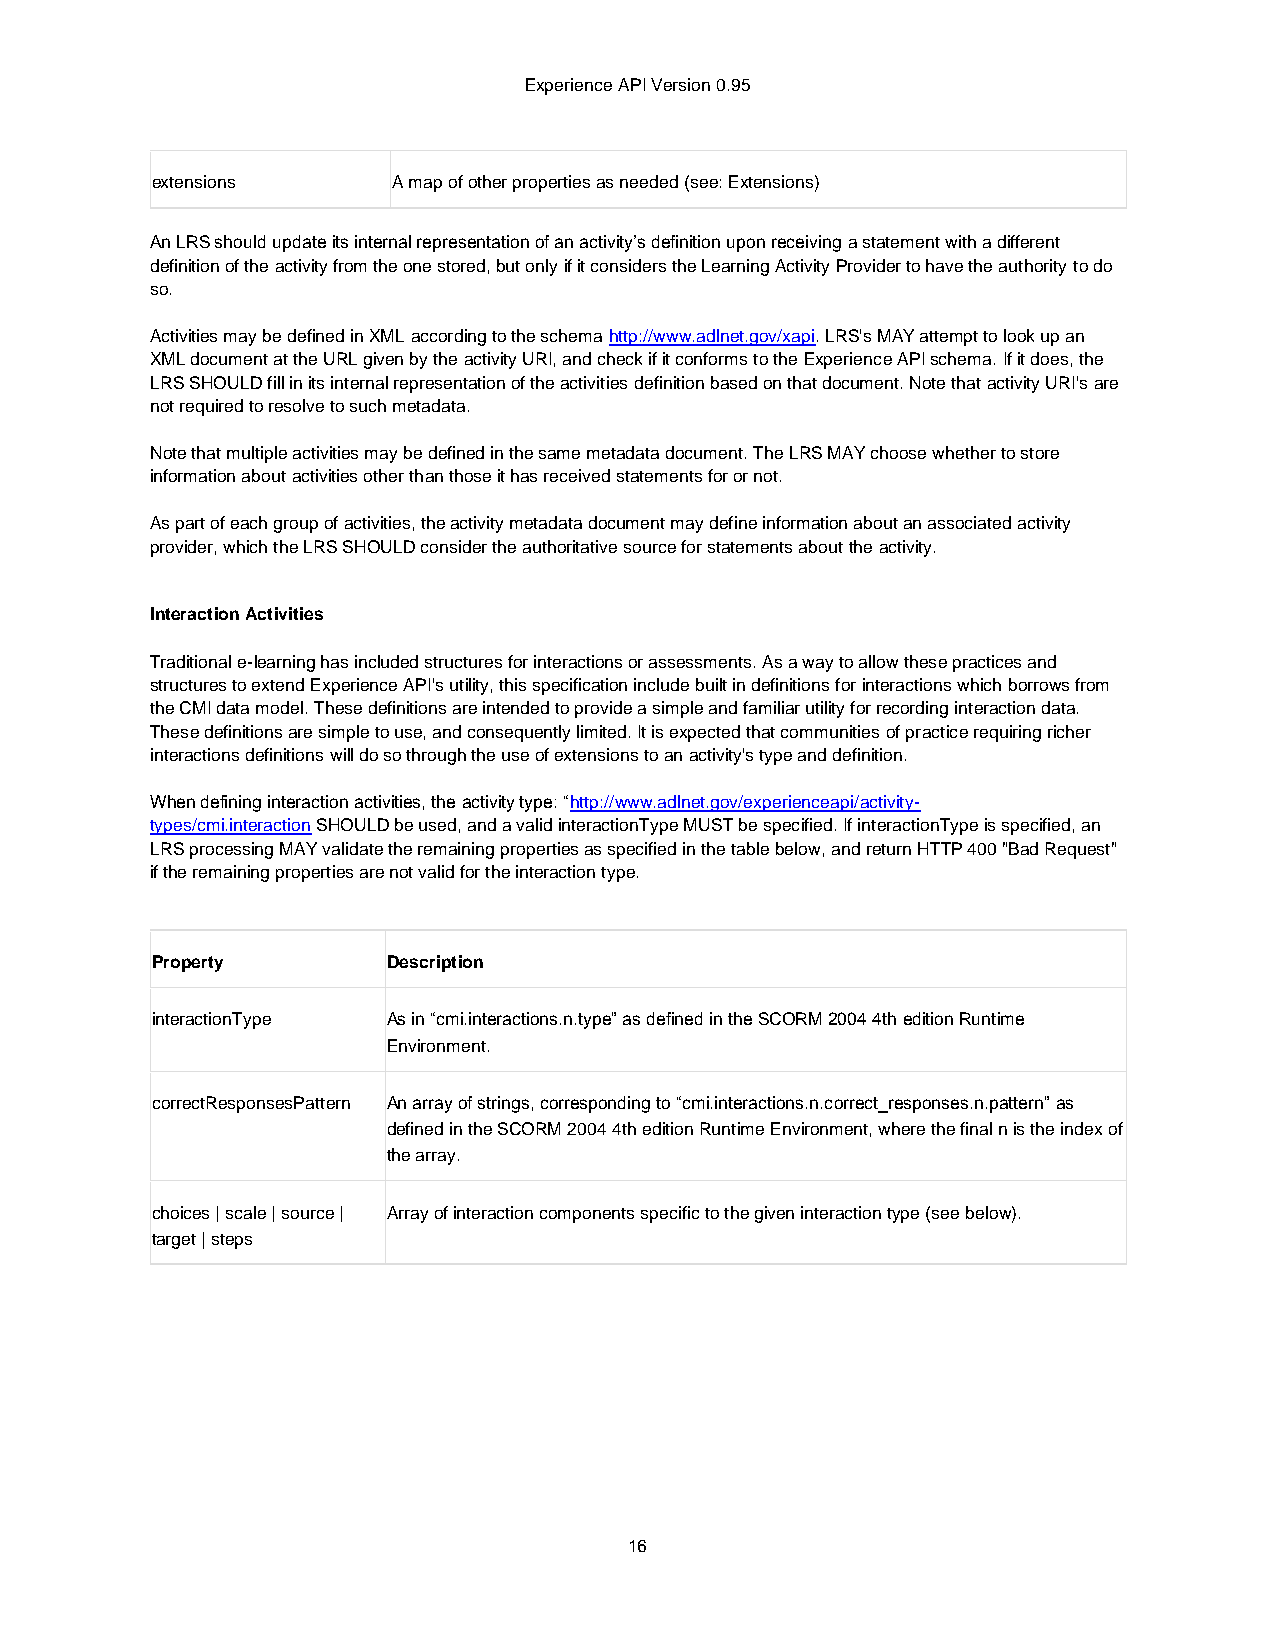
Experience API Version 0.95
 extensions      A map of other properties as needed (see: Extensions)
 An LRS should update its internal representation of an activity’s definition upon receiving a statement with a different
 definition of the activity from the one stored, but only if it considers the Learning Activity Provider to have the authority to do
 so.
 Activities may be defined in XML according to the schema http://www.adlnet.gov/xapi. LRS's MAY attempt to look up an
 XML document at the URL given by the activity URI, and check if it conforms to the Experience API schema. If it does, the
 LRS SHOULD fill in its internal representation of the activities definition based on that document. Note that activity URI's are
 not required to resolve to such metadata.
 Note that multiple activities may be defined in the same metadata document. The LRS MAY choose whether to store
 information about activities other than those it has received statements for or not.
 As part of each group of activities, the activity metadata document may define information about an associated activity
 provider, which the LRS SHOULD consider the authoritative source for statements about the activity.
 Interaction Activities
 Traditional e-learning has included structures for interactions or assessments. As a way to allow these practices and
 structures to extend Experience API's utility, this specification include built in definitions for interactions which borrows from
 the CMI data model. These definitions are intended to provide a simple and familiar utility for recording interaction data.
 These definitions are simple to use, and consequently limited. It is expected that communities of practice requiring richer
 interactions definitions will do so through the use of extensions to an activity's type and definition.
 When defining interaction activities, the activity type: “http://www.adlnet.gov/experienceapi/activity-
 types/cmi.interaction SHOULD be used, and a valid interactionType MUST be specified. If interactionType is specified, an
 LRS processing MAY validate the remaining properties as specified in the table below, and return HTTP 400 "Bad Request"
 if the remaining properties are not valid for the interaction type.
 Property        Description
 interactionType As in “cmi.interactions.n.type” as defined in the SCORM 2004 4th edition Runtime
 Environment.
 correctResponsesPattern An array of strings, corresponding to “cmi.interactions.n.correct_responses.n.pattern” as
 defined in the SCORM 2004 4th edition Runtime Environment, where the final n is the index of
 the array.
 choices | scale | source | Array of interaction components specific to the given interaction type (see below).
 target | steps
 16